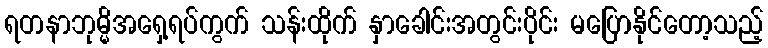
ရတနာဘုမ္မိအရှေ့ရပ်ကွက် သန်းထိုက် နှာခေါင်းအတွင်းပိုင်း မပြောနိုင်တော့သည့်